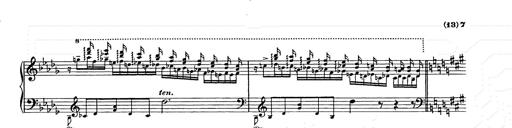
Title: Berceuse
Composer: Lucien Wurmser
Key: A major